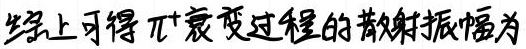
综上可得$\pi^+$衰变过程的散射振幅为